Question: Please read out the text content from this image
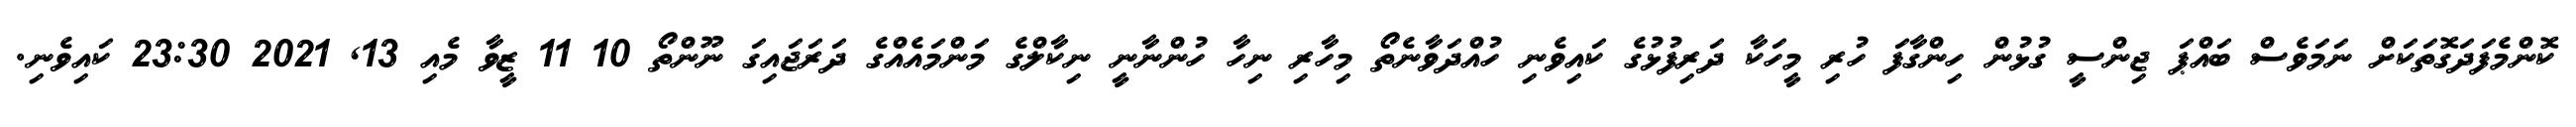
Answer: ކޮންމެފަދަގޮތަކަށް ނަމަވެސް ބައްޕަ ޖިންސީ ގުޅުން ހިންގާފަ ހުރި މީހަކާ ދަރިފުޅުގެ ކައިވެނި ހުއްދަވާނެތޯ މިހާރި ނިހާ ހުންނާނީ ނިކާލްގެ މަންމައެއްގެ ދަރަޖައިގަ ނޫންތޯ 10 11 ޒީވާ މެއި 13, 2021 23:30 ކައިވެނި.